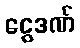
ငွေဒဏ်